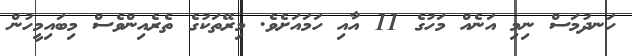
ހަނދުމަސް ނިމި އަނެއް މަހުގެ 11 އާއި ހަމައަށެވެ. މިރޭތަކުގެ ތެރެއިންވެސް މިބައިމީހުން